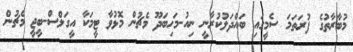
މުބާރާތުގެ ފުރަތަމަ ސެމީގައި ބައްދަލުކުރާނީ ނިއު-މަހިބަދޫ މެޗުން މޮޅުވާ ޓީމަކާ އީގަލްސް-ބީޖީ މެޗުން